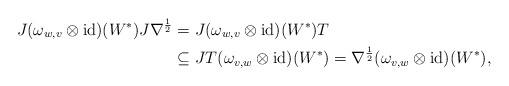
LaTeX: \begin{align*}J(\omega_{w,v}\otimes\operatorname{id})(W^*)J\nabla^{\frac12}&=J(\omega_{w,v}\otimes\operatorname{id})(W^*)T \\&\subseteq JT(\omega_{v,w}\otimes\operatorname{id})(W^*)=\nabla^{\frac12}(\omega_{v,w}\otimes\operatorname{id})(W^*),\end{align*}